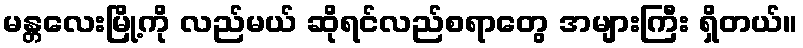
မန္တလေးမြို့ကို လည်မယ် ဆိုရင်လည်စရာတွေ အများကြီး ရှိတယ်။